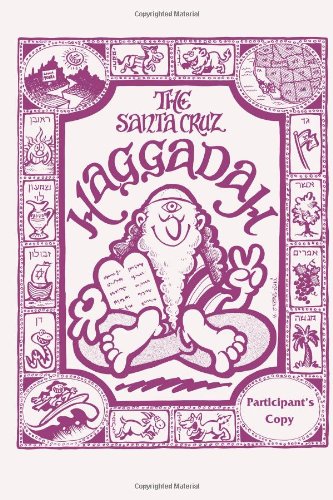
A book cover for The Santa Cruz Haggadah Participant's version; Karen G.R. Roekard; Religion & Spirituality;